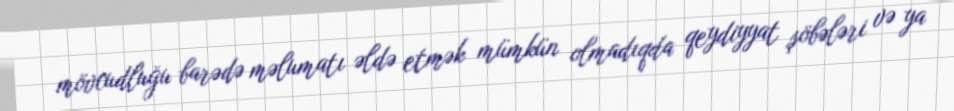
mövcudluğu barədə məlumatı əldə etmək mümkün olmadıqda qeydiyyat şöbələri və ya